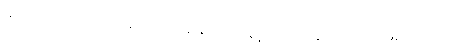
မိဘများမှာ အောင်မြင်သော မြေပိုင်ရှင်နှင့် ဆန်ကုန်သည်များဖြစ်ကြသည်။